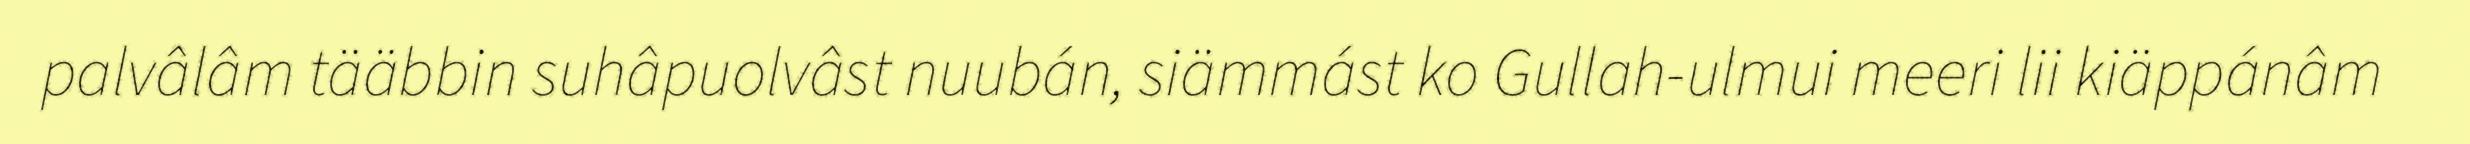
palvâlâm tääbbin suhâpuolvâst nuubán, siämmást ko Gullah-ulmui meeri lii kiäppánâm